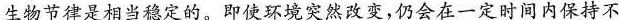
生物节律是相当稳定的。即使环境突然改变，仍会在一定时间内保持不